Report of the Indian Hemp Drugs Commission, 1894-1895 - Volume IV
Year: 1894
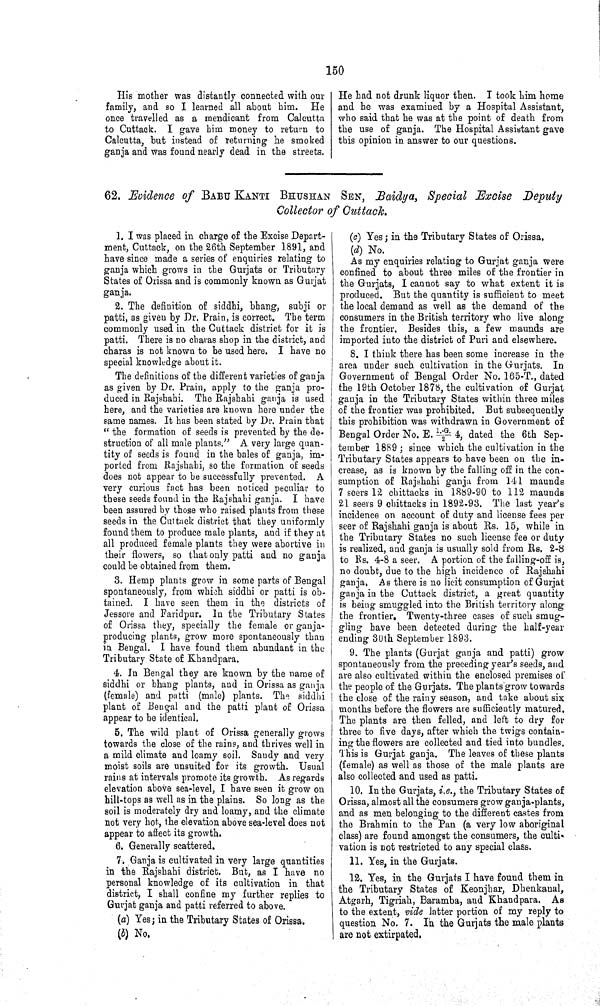
150
His mother was distantly connected with our
family, and so I learned all about him. He
once travelled as a mendicant from Calcutta
to Cuttack. I gave him money to return to
Calcutta, but instead of returning he smoked
ganja and was found nearly dead in the streets.
He had not drunk liquor then. I took him home
and he was examined by a Hospital Assistant,
who said that he was at the point of death from
the use of ganja. The Hospital Assistant gave
this opinion in answer to our questions.
62. Evidence of BABU KANTI BHUSHAN SEN, Baidya, Special Excise Deputy
Collector of Cuttack.
1. I was placed in charge of the Excise Depart¬
ment, Cuttack, on the 26th September 1891, and
have since made a series of enquiries relating to
ganja which grows in the Gurjats or Tributary
States of Orissa and is commonly known as Gurjat
ganja.
2. The definition of siddhi, bhang, subji or
patti, as given by Dr. Prain, is correct. The term
commonly used in the Cuttack district for it is
patti. There is no charas shop in the district, and
charas is not known to be used here. I have no
special knowledge about it.
The definitions of the different varieties of ganja
as given by Dr. Prain, apply to the ganja pro¬
duced in Rajshahi. The Rajshahi ganja is used
here, and the varieties are known here under the
same names. It has been stated by Dr. Prain that
" the formation of seeds is prevented by the de¬
struction of all male plants." A very large quan¬
tity of seeds is found in the bales of ganja, im¬
ported from Rajshahi, so the formation of seeds
does not appear to be successfully prevented. A
very curious fact has been noticed peculiar to
these seeds found in the Rajshahi ganja. I have
been assured by those who raised plants from these
seeds in the Cuttack district that they uniformly
found them to produce male plants, and if they at
all produced female plants they were abortive in
their flowers, so that only patti and no ganja
could be obtained from them.
3. Hemp plants grow in some parts of Bengal
spontaneously, from which siddhi or patti is ob¬
tained. I have seen them in the districts of
Jessore and Faridpur. In the Tributary States
of Orissa they, specially the female or ganja-
producing plants, grow more spontaneously than
in Bengal. I have found them abundant in the
Tributary State of Khandpara.
4. In Bengal they are known by the name of
siddhi or bhang plants, and in Orissa as ganja
(female) and patti (male) plants. The siddhi
plant of Bengal and the patti plant of Orissa
appear to be identical.
5. The wild plant of Orissa generally grows
towards the close of the rains, and thrives well in
a mild climate and loamy soil. Sandy and very
moist soils are unsuited for its growth. Usual
rains at intervals promote its growth. As regards
elevation above sea-level, I have seen it grow on
hill-tops as well as in the plains. So long as the
soil is moderately dry and loamy, and the climate
not very hot, the elevation above sea-level does not
appear to affect its growth.
6. Generally scattered.
7. Ganja is cultivated in very large quantities
in the Rajshahi district. But, as I have no
personal knowledge of its cultivation in that
district, I shall confine my further replies to
Gurjat ganja and patti referred to above.
(a) Yes; in the Tributary States of Orissa.
(b) No.
(c) Yes; in the Tributary States of Orissa.
(d) No.
As my enquiries relating to Gurjat ganja were
confined to about three miles of the frontier in
the Gurjats, I cannot say to what extent it is
produced. But the quantity is sufficient to meet
the local demand as well as the demand of the
consumers in the British territory who live along
the frontier. Besides this, a few maunds are
imported into the district of Puri and elsewhere.
8. I think there has been some increase in the
area under such cultivation in the Gurjats. In
Government of Bengal Order No. 165-T., dated
the 19th October 1878, the cultivation of Gurjat
ganja in the Tributary States within three miles
of the frontier was prohibited. But subsequently
this prohibition was withdrawn in Government of
Bengal Order No. E. 1.-G./2 4, dated the 6th Sep¬
tember 1889; since which the cultivation in the
Tributary States appears to have been on the in¬
crease, as is known by the falling off in the con¬
sumption of Rajshahi ganja from 141 maunds
7 seers 12 chittacks in 1889-90 to 112 maunds
21 seers 9 chittacks in 1892-93. The last year's
incidence on account of duty and license fees per
seer of Rajshahi ganja is about Rs. 15, while in
the Tributary States no such license fee or duty
is realized, and ganja is usually sold from Rs. 2-8
to Rs. 4-8 a seer. A portion of the falling-off is,
no doubt, due to the high incidence of Rajshahi
ganja. As there is no licit consumption of Gurjat
ganja in the Cuttack district, a great quantity
is being smuggled into the British territory along
the frontier. Twenty-three cases of such smug¬
gling have been detected during the half-year
ending 30th September 1893.
9. The plants (Gurjat ganja and patti) grow
spontaneously from the preceding year's seeds, and
are also cultivated within the enclosed premises of
the people of the Gurjats. The plants grow towards
the close of the rainy season, and take about six
months before the flowers are sufficiently matured.
The plants are then felled, and left to dry for
three to five days, after which the twigs contain¬
ing the flowers are collected and tied into bundles.
This is Gurjat ganja. The leaves of these plants
(female) as well as those of the male plants are
also collected and used as patti.
10. In the Gurjats, i.e., the Tributary States of
Orissa, almost all the consumers grow ganja plants,
and as men belonging to the different castes from
the Brahmin to the Pan (a very low aboriginal
class) are found amongst the consumers, the culti-
vation is not restricted to any special class.
11. Yes, in the Gurjats.
12. Yes, in the Gurjats I have found them in
the Tributary States of Keonjhar, Dhenkanal,
Atgarh, Tigriah, Baramba, and Khandpara. As
to the extent, vide latter portion of my reply to
question No. 7. In the Gurjats the male plants
are not extirpated.